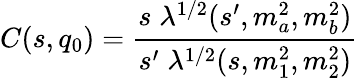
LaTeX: C(s,q_{0})={\frac{s\; \lambda^{1/2}(s^{\prime},m_{a}^{2},m_{b}^{2})}{s^{\prime}\; \lambda^{1/2}(s,m_{1}^{2},m_{2}^{2})}}